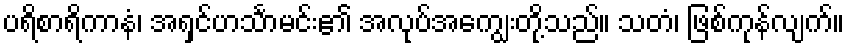
ပရိစာရိကာနံ၊ အရှင်ဟင်္သာမင်း၏ အလုပ်အကျွေးတို့သည်။ သတံ၊ ဖြစ်ကုန်လျက်။